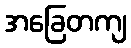
အခြေတကျ